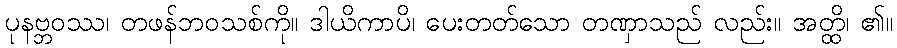
ပုနဗ္ဘဝဿ၊ တဖန်ဘဝသစ်ကို။ ဒါယိကာပိ၊ ပေးတတ်သော တဏှာသည် လည်း။ အတ္ထိ၊ ၏။